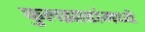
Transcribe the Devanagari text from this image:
फुलझाडांमध्ये